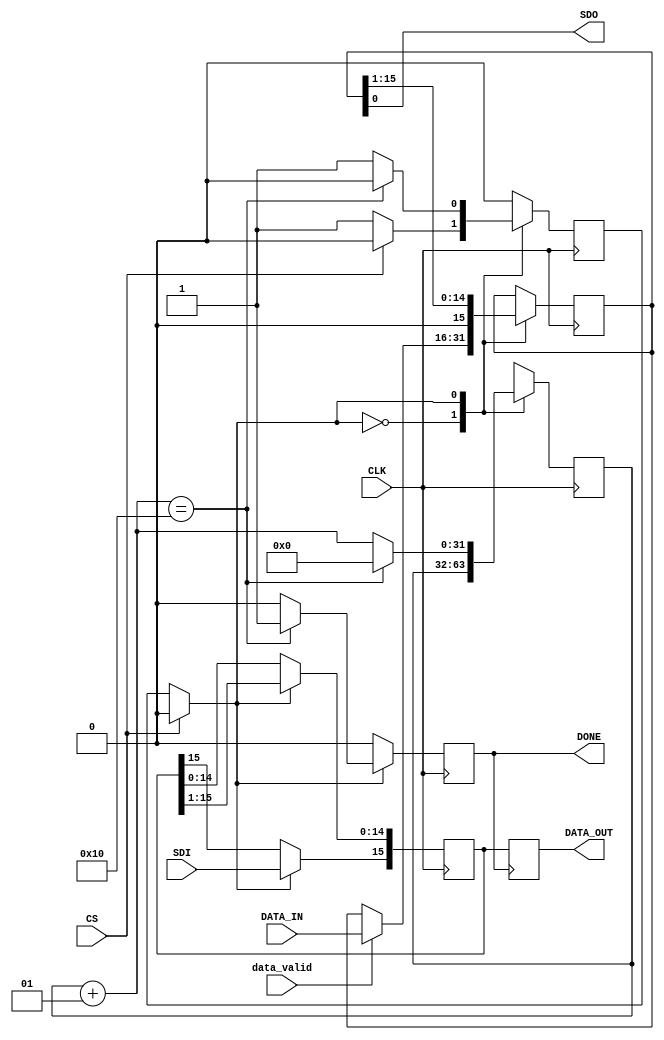
module SPI_SLAVE(CS, CLK, SDI, SDO,
                DATA_IN, DATA_OUT,data_valid,DONE);
    input CS,CLK, SDI;
    output SDO;
    input [15:0] DATA_IN;
    output reg [15:0] DATA_OUT=16'b0;
    reg [15:0] IN_SR=16'b0;
    reg [15:0] OUT_SR=16'b0;
    input data_valid;
    output reg DONE=2'b0;
   
    reg STATE;
    integer counter;


    parameter IDEL =1'b0;
    parameter SHIFT = 1'b1;

    initial  begin
	    counter =0;
	    STATE = IDEL;
    end

//always @(posedge CS) STATE = IDEL;


always @(posedge CLK) begin
	if(DONE) DONE<=0;
	if(CS) STATE = IDEL;
	case(STATE) 
	IDEL: begin
		if(!CS) STATE <= SHIFT;
		if(data_valid) begin
			OUT_SR <= DATA_IN;
			DONE <= 0;
		end

	end
	SHIFT: begin
		OUT_SR <= OUT_SR>>1;
		IN_SR <= IN_SR>>1;
		IN_SR[15] <= SDI;
		counter = counter+1;
		if(counter==16)begin
			DONE <= 1;
			STATE <= IDEL;
			counter =0;
		end
	end

	endcase
end



always @(posedge DONE) DATA_OUT<=IN_SR;

assign SDO = OUT_SR[0];
endmodule